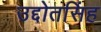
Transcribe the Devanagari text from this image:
उद्दोतसिंह